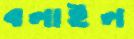
বলাইল